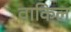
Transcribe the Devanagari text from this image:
वाकिल